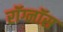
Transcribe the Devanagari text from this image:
रॉग्नॉस